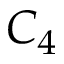
C _ { 4 }